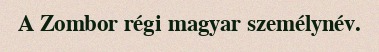
A Zombor régi magyar személynév.